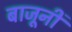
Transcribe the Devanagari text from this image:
बाजूनीं